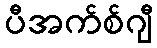
ပီအက်စ်ဂျီ